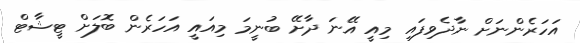
އަހަރެންނަށް ނާދެވިފައި މިއީ އޭނަ ދާށޭ ބުނީމަ މިއައީ އަހަރެން ބޮލަށް ޓީޝާޓް